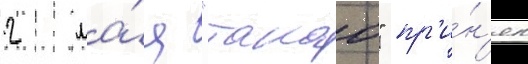
2 ма́я "такао" пр'и́н'ял